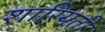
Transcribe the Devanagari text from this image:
शारियती